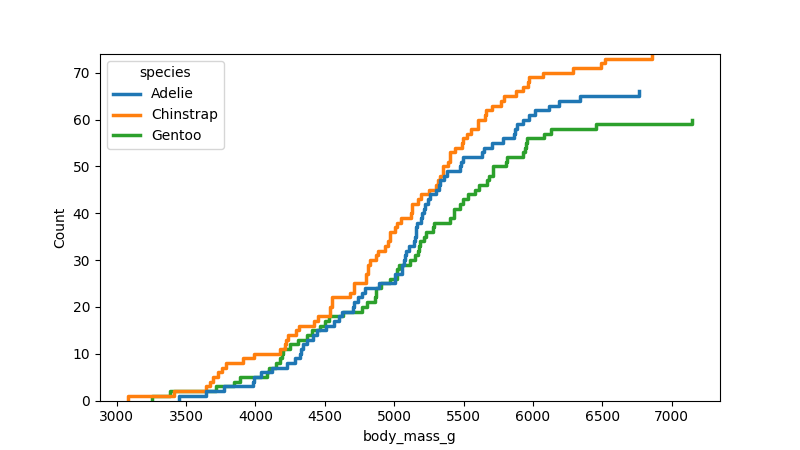
python, seaborn, ecdfplot, column='body_mass_g', hue='species', stat='count', linewidth=2.5